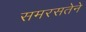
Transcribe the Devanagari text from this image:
समरसतेने